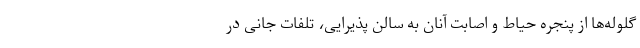
گلوله‌ها از پنجره‌ حیاط و اصابت آنان به سالن پذیرایی، تلفات جانی در